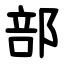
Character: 部